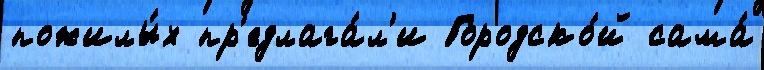
пожилы́х пр'едлага́л'и Городско́й сама́